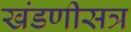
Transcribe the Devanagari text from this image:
खंडणीसत्र